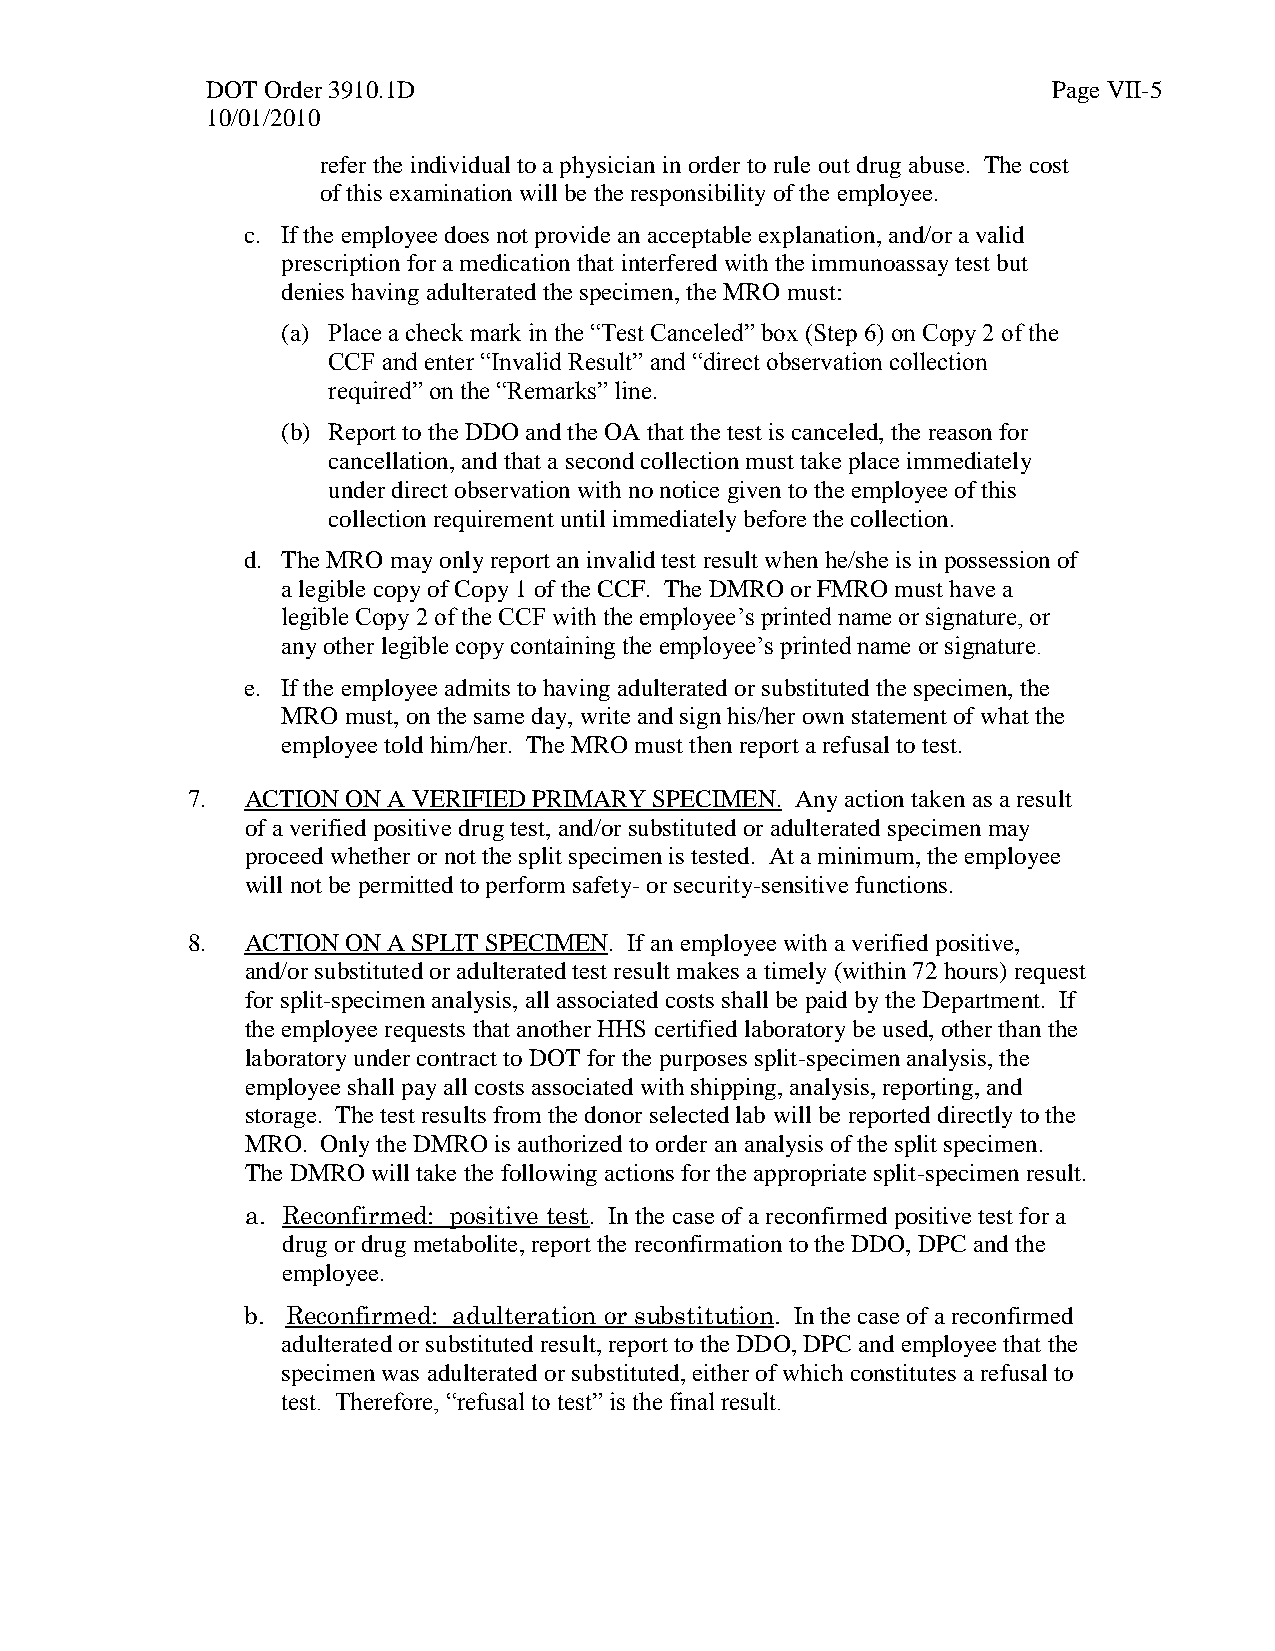
DOT Order 3910.1D                                       Page VII-5
 10/01/2010
 refer the individual to a physician in order to rule out drug abuse. The cost
 of this examination will be the responsibility of the employee.
 c. If the employee does not provide an acceptable explanation, and/or a valid
 prescription for a medication that interfered with the immunoassay test but
 denies having adulterated the specimen, the MRO must:
 (a) Place a check mark in the “Test Canceled” box (Step 6) on Copy 2 of the
 CCF and enter “Invalid Result” and “direct observation collection
 required” on the “Remarks” line.
 (b) Report to the DDO and the OA that the test is canceled, the reason for
 cancellation, and that a second collection must take place immediately
 under direct observation with no notice given to the employee of this
 collection requirement until immediately before the collection.
 d. The MRO may only report an invalid test result when he/she is in possession of
 a legible copy of Copy 1 of the CCF. The DMRO or FMRO must have a
 legible Copy 2 of the CCF with the employee’s printed name or signature, or
 any other legible copy containing the employee’s printed name or signature.
 e. If the employee admits to having adulterated or substituted the specimen, the
 MRO must, on the same day, write and sign his/her own statement of what the
 employee told him/her. The MRO must then report a refusal to test.
 7.  ACTION ON A VERIFIED PRIMARY SPECIMEN. Any action taken as a result
 of a verified positive drug test, and/or substituted or adulterated specimen may
 proceed whether or not the split specimen is tested. At a minimum, the employee
 will not be permitted to perform safety- or security-sensitive functions.
 8.  ACTION ON A SPLIT SPECIMEN. If an employee with a verified positive,
 and/or substituted or adulterated test result makes a timely (within 72 hours) request
 for split-specimen analysis, all associated costs shall be paid by the Department. If
 the employee requests that another HHS certified laboratory be used, other than the
 laboratory under contract to DOT for the purposes split-specimen analysis, the
 employee shall pay all costs associated with shipping, analysis, reporting, and
 storage. The test results from the donor selected lab will be reported directly to the
 MRO. Only the DMRO is authorized to order an analysis of the split specimen.
 The DMRO will take the following actions for the appropriate split-specimen result.
 a. Reconfirmed: positive test. In the case of a reconfirmed positive test for a
 drug or drug metabolite, report the reconfirmation to the DDO, DPC and the
 employee.
 b. Reconfirmed: adulteration or substitution. In the case of a reconfirmed
 adulterated or substituted result, report to the DDO, DPC and employee that the
 specimen was adulterated or substituted, either of which constitutes a refusal to
 test. Therefore, “refusal to test” is the final result.